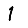
Digit: 1